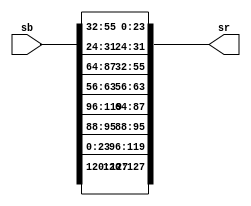

module invShiftRow(sb, sr);

input [127:0] sb;
output [127:0] sr;

//1st column
assign    sr[127:120] = sb[127:120];
assign    sr[119:112] = sb[23:16];
assign    sr[111:104] = sb[15:8];
assign    sr[103:96]  = sb[7:0];

//2nd column
assign    sr[95:88]  = sb[95:88];
assign    sr[87:80] = sb[119:112];
assign    sr[79:72] = sb[111:104];
assign    sr[71:64] = sb[103:96];

// 3rd column
assign    sr[63:56] = sb[63:56];
assign    sr[55:48] = sb[87:80];
assign    sr[47:40] = sb[79:72];
assign    sr[39:32] = sb[71:64];

//4rth column
assign    sr[31:24] = sb[31:24];
assign    sr[23:16] = sb[55:48];
assign    sr[15:8]  = sb[47:40];
assign    sr[7:0]   = sb[39:32];

endmodule